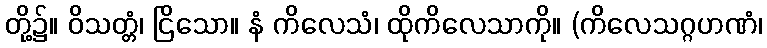
တို့၌။ ဝိသတ္တံ၊ ငြိသော။ နံ ကိလေသံ၊ ထိုကိလေသာကို။ (ကိလေသဂ္ဂဟဏံ၊